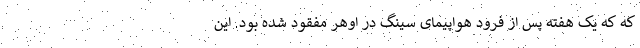
که که یک هفته پس از فرود هواپیمای سینگ در اوهر مفقود شده بود. این